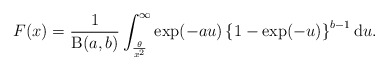
\begin{align*}F(x) = \frac{1}{\operatorname{B}(a,b)}\int^{\infty}_{\frac{\theta}{x^2}}\exp(-au)\left\{ 1-\exp(-u) \right\}^{b-1}\mathrm{d}u.\end{align*}